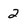
Character: 2